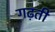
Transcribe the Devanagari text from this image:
गढ़ती